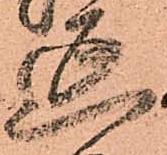
延